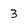
Character: 3